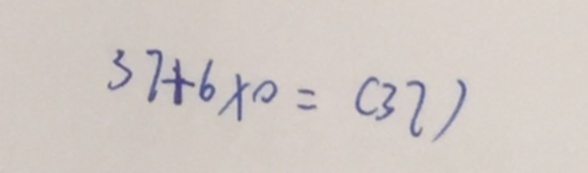
3 7 + 6 \times 0 = ( 3 7 )